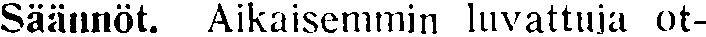
Säännöt. Aikaisemmin luvattuja ot-